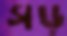
সড়